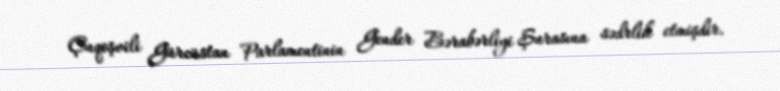
Çuqoşvili Gürcüstan Parlamentinin Gender Bərabərliyi Şurasına sədrlik etmişdir.